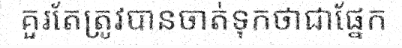
គួរតែត្រូវបានចាត់ទុកថាជាផ្នែក